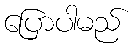
ပြောပါမည်